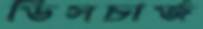
ডিসচার্জ